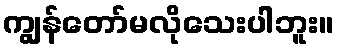
ကျွန်တော်မလိုသေးပါဘူး။